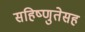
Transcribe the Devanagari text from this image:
सहिष्णुतेसह